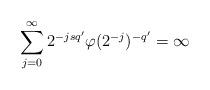
LaTeX: \begin{align*}\sum_{j=0}^\infty 2^{-jsq'} \varphi(2^{-j})^{-q'}= \infty \end{align*}